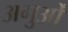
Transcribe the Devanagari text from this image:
अगुओं